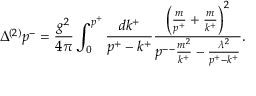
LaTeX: \Delta ^ { ( 2 ) } p ^ { - } = \frac { g ^ { 2 } } { 4 \pi } \int _ { 0 } ^ { p ^ { + } } \frac { d k ^ { + } } { p ^ { + } - k ^ { + } } \frac { \left( \frac { m } { p ^ { + } } + \frac { m } { k ^ { + } } \right) ^ { 2 } } { p ^ { -- } \frac { m ^ { 2 } } { k ^ { + } } - \frac { \lambda ^ { 2 } } { p ^ { + } - k ^ { + } } } .